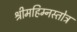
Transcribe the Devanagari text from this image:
श्रीमहिम्नस्तोत्र